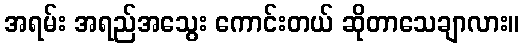
အရမ်း အရည်အသွေး ကောင်းတယ် ဆိုတာသေချာလား။